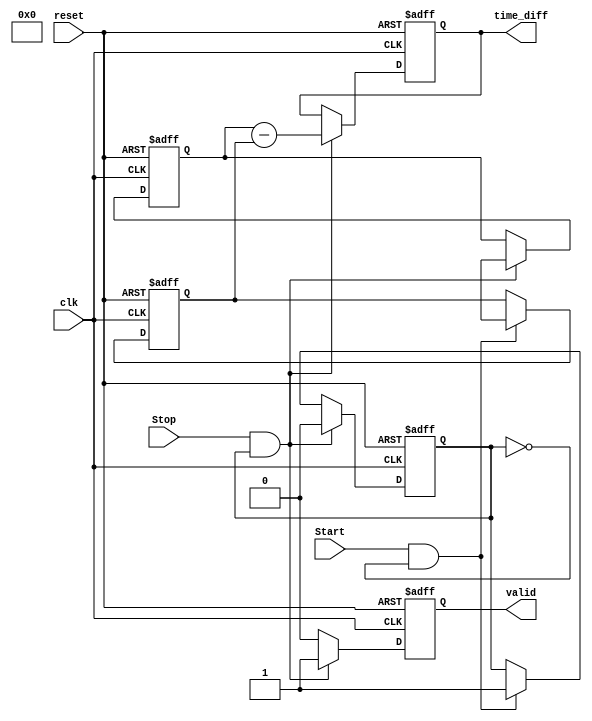
module TDC (
    input wire clk,           // Clock signal
    input wire reset,         // Reset signal
    input wire Start,         // Start event signal
    input wire Stop,          // Stop event signal
    output reg [31:0] time_diff, // Output time difference
    output reg valid          // Output valid signal
);

    reg [31:0] start_time;   // Register to store Start timestamp
    reg [31:0] stop_time;    // Register to store Stop timestamp
    reg start_flag;          // Flag to indicate Start event detected

    // Reset logic
    always @(posedge clk or posedge reset) begin
        if (reset) begin
            start_time <= 32'b0;
            stop_time <= 32'b0;
            time_diff <= 32'b0;
            valid <= 1'b0;
            start_flag <= 1'b0;
        end else begin
            // Detect Start event
            if (Start && !start_flag) begin
                start_time <= $time; // Capture the current time (in clock cycles)
                start_flag <= 1'b1;   // Set the start flag
            end
            
            // Detect Stop event
            if (Stop && start_flag) begin
                stop_time <= $time;   // Capture the current time (in clock cycles)
                time_diff <= stop_time - start_time; // Calculate time difference
                valid <= 1'b1;        // Indicate that output is valid
                start_flag <= 1'b0;   // Reset start flag for next measurement
            end else if (valid) begin
                valid <= 1'b0;        // Clear valid signal after reading
            end
        end
    end

endmodule